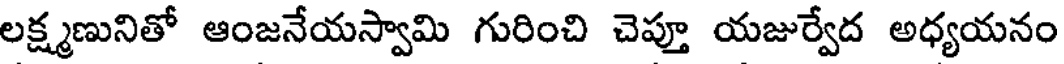
లక్ష్మణునితో ఆంజనేయస్వామి గురించి చెప్తూ యజుర్వేద అధ్యయనం